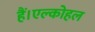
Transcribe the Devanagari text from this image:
हैं।एल्कोहल